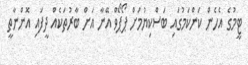
ޓީމުގެ އެހެން ކަންކަމުގައި ބަސްކިޔުމަށް ޕޯޕޯވް އޭނާ އަށް ބާރުތަކެއް ދީފައި އޮންނާތީ